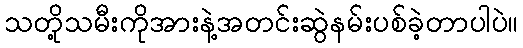
သတို့သမီးကိုအားနဲ့အတင်းဆွဲနမ်းပစ်ခဲ့တာပါပဲ။